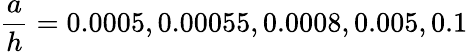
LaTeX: \frac{a}{h}=0.0005,0.00055,0.0008,0.005,0.1